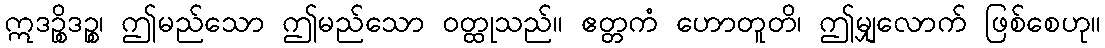
ဣဒဉ္စိဒဉ္စ၊ ဤမည်သော ဤမည်သော ဝတ္ထုသည်။ ဧတ္တကံ ဟောတူတိ၊ ဤမျှလောက် ဖြစ်စေဟု။